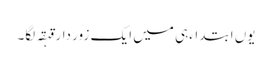
یوں ابتداءہی میں ایک زور دار قہقہ لگا۔